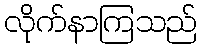
လိုက်နာကြသည်